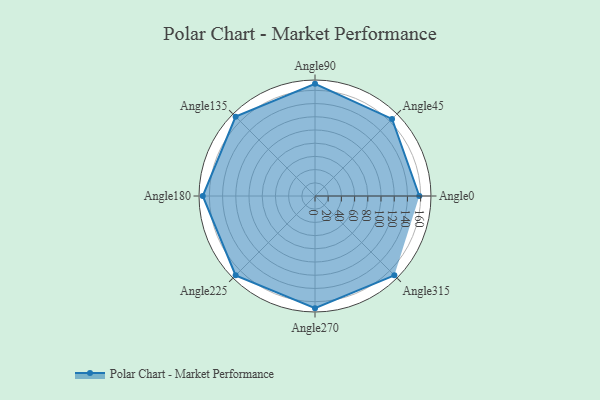
{"axis": {"x": "Angle", "y": "Radius"}, "legend": [""], "data": [{"x": "Angle0", "y": 158.0, "type": ""}, {"x": "Angle45", "y": 165.0, "type": ""}, {"x": "Angle90", "y": 170, "type": ""}, {"x": "Angle135", "y": 170, "type": ""}, {"x": "Angle180", "y": 170, "type": ""}, {"x": "Angle225", "y": 170, "type": ""}, {"x": "Angle270", "y": 170, "type": ""}, {"x": "Angle315", "y": 170, "type": ""}]}